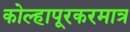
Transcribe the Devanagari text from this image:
कोल्हापूरकरमात्र